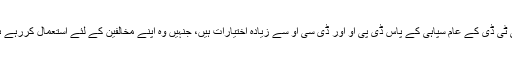
سی ٹی ڈی کے عام سپاہی کے پاس ڈی پی او اور ڈی سی او سے زیادہ اختیارات ہیں، جنہیں وہ اپنے مخالفین کے لئے استعمال کررہے ہیں۔